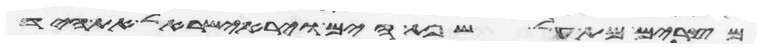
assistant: מצרים מת על שפת הים וירא ישראל את היד